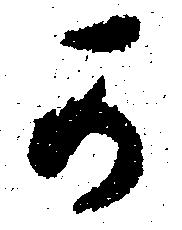
可